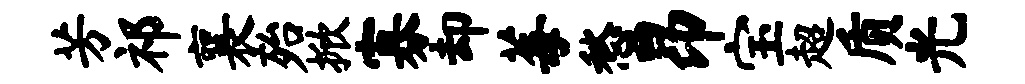
芳祁襄殆掀寡却莓愁昂宝超质光